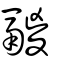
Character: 鬷